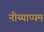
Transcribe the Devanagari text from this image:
नीय्याप्पम